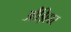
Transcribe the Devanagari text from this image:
औंड़िहार